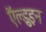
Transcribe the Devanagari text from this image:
ऍल्डुइन